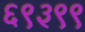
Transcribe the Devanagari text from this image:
६९३९९